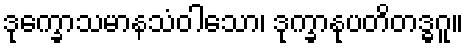
ဒုက္ခောသမာနသံဝါသော၊ ဒုက္ခာနုပတိတဒ္ဓဂူ။